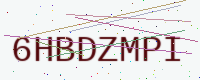
Text: 6HBDZMPI